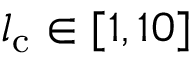
l _ { \mathrm { c } } \in [ 1 , 1 0 ]